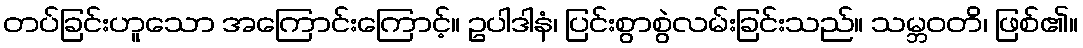
တပ်ခြင်းဟူသော အကြောင်းကြောင့်။ ဥပါဒါနံ၊ ပြင်းစွာစွဲလမ်းခြင်းသည်။ သမ္ဘဝတိ၊ ဖြစ်၏။